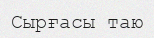
Сырғасы таю